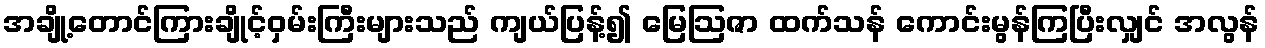
အချို့တောင်ကြားချိုင့်ဝှမ်းကြီးများသည် ကျယ်ပြန့်၍ မြေဩဇာ ထက်သန် ကောင်းမွန်ကြပြီးလျှင် အလွန်